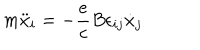
m \ddot { x } _ { i } = - \frac { e } { c } B \epsilon _ { i j } \dot { x } _ { j }